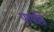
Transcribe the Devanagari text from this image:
पायसि